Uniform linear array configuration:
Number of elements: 4
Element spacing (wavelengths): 0.75
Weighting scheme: hann
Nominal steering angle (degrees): -60
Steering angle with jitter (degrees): -58.171
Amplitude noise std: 0.05
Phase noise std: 0.05

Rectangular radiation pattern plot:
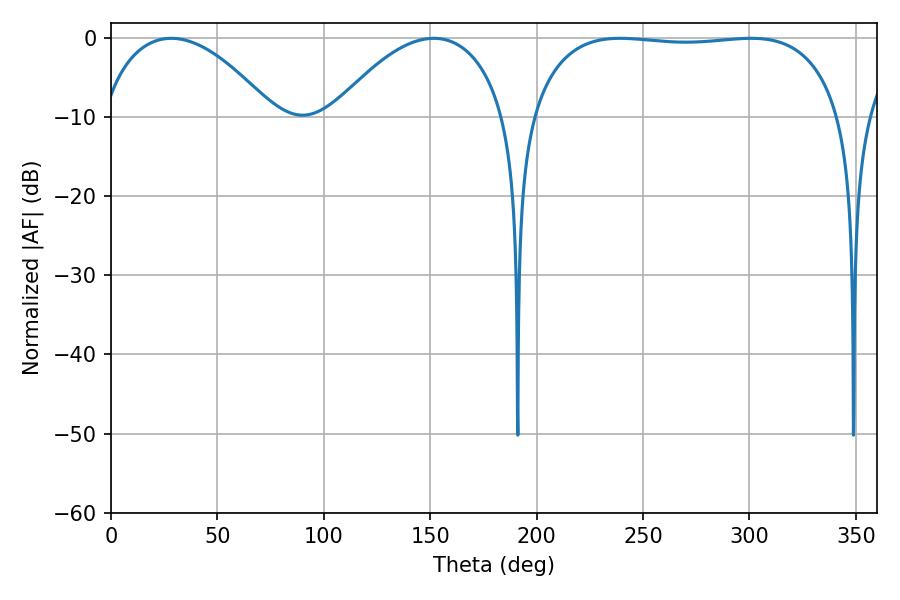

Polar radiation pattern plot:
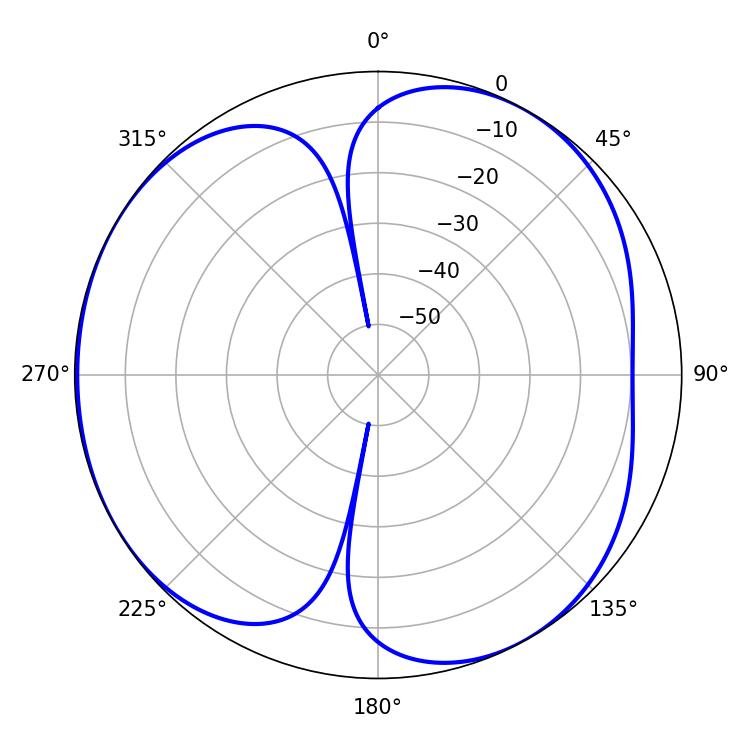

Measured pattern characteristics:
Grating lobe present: TRUE
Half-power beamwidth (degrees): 116.28
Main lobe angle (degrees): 239.22